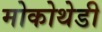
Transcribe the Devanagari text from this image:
मोकोथेडी